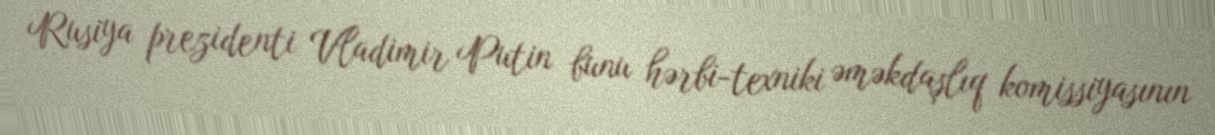
Rusiya prezidenti Vladimir Putin bunu hərbi-texniki əməkdaşlıq komissiyasının